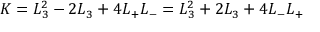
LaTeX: K = L _ { 3 } ^ { 2 } - 2 L _ { 3 } + 4 L _ { + } L _ { - } = L _ { 3 } ^ { 2 } + 2 L _ { 3 } + 4 L _ { - } L _ { + }